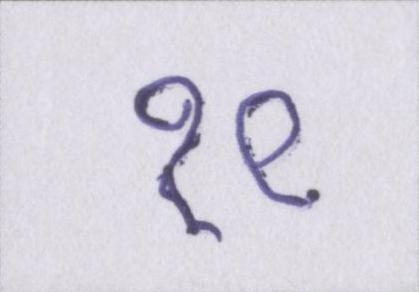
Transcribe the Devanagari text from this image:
१९